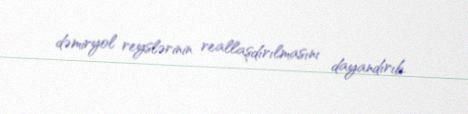
dəmiryol reyslərinin reallaşdırılmasını dayandırıb.